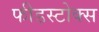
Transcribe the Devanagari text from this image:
फीडस्टोक्स